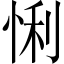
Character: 悧